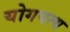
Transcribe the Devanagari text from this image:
योगपत्य